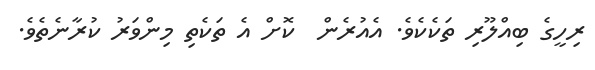
ރިހީގެ ބިއްލޫރި ތަކެކެވެ. އެއުރެން  ކޮށް އެ ތަކެތި މިންވަރު ކުރާނެތެވެ.